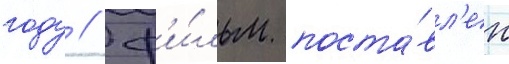
году // Ф'и́льм поста́вл'ен